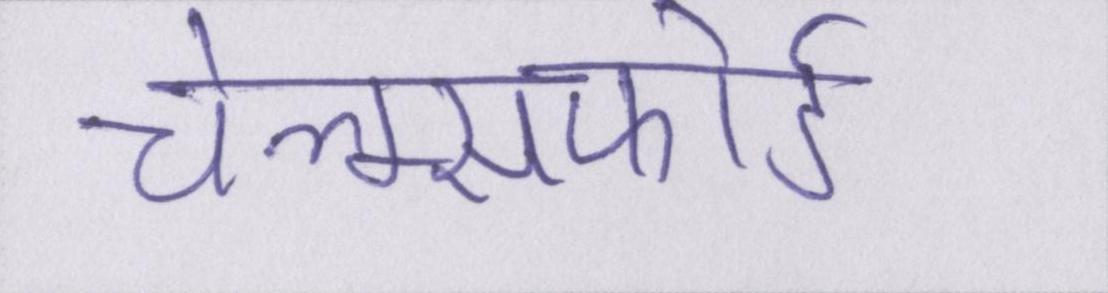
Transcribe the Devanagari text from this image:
चेल्म्सफोर्ड